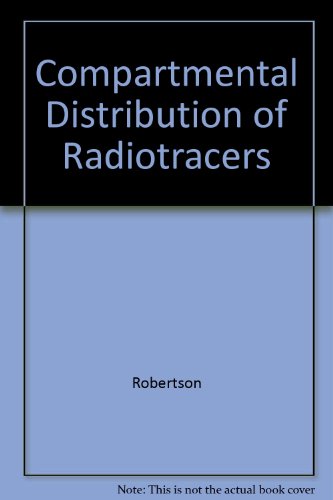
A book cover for Compartmental Distribution Of Radiotracers (CRC series in radiotracers in biology and medicine); James Robertson; Medical Books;